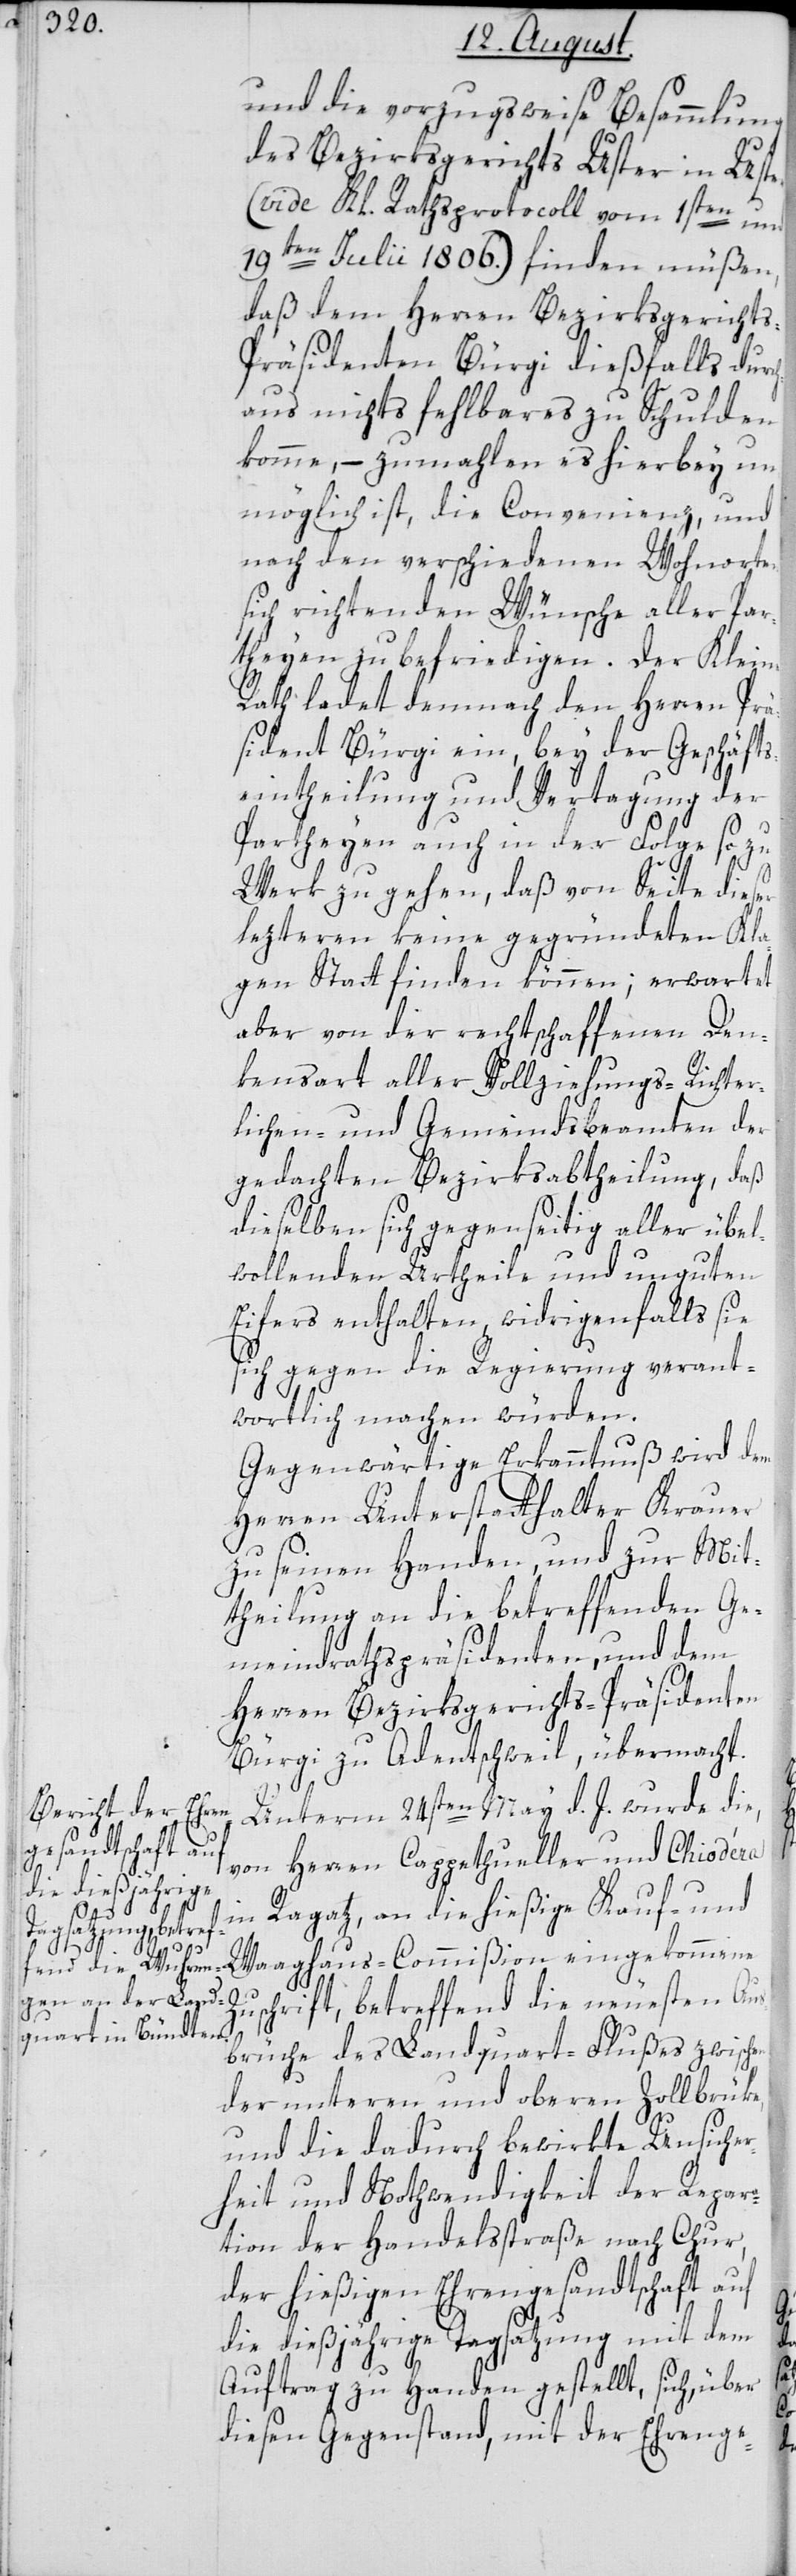
und die vorzugsweise Besammlung
des Bezirksgerichts Uster in Uster
(vide Kl. Rathsprotocoll vom 1sten und
19ten Julii 1806.) finden müßen,
daß dem Herren Bezirksgericht¬
s-Präsidenten Bürgi dießfalls durc¬
haus nichts fehlbares zu Schulden
komme, – zumahlen es hierbey un¬
möglich ist, die Convenienz, und
nach den verschiedenen Wohnorten
sich richtenden Wünsche aller Par¬
theyen zu befriedigen. Der Kleine
Rath ladet demnach den Herren Prä¬
sident Bürgi ein, bey der Geschäfts¬
eintheilung und Vertagung der
Partheyen auch in der Folge so zu
Werk zu gehen, daß von Seite dieser
lezteren keine gegründeten Kla¬
gen Statt finden können; erwartet
aber von der rechtschaffenen Den¬
kensart aller Vollziehungs- Richter¬
lichen- und Gemeindsbeamten der
gedachten Bezirksabtheilung, daß
dieselben sich gegenseitig aller übel¬
wollenden Urtheile und unguten
Eifers enthalten, widrigenfalls sie
gegen die Regierung verant¬
wortlich machen würden.
Gegenwärtige Erkanntnuß wird dem
Herren Unterstatthalter Krauer
zu seinen Handen, und zur Mit¬
theilung an die betreffenden Ge¬
meindrathspräsidenten, und dem
Herren Bezirksgerichts-Präsidenten
Bürgi zu Adentschweil, übermacht.
Unterm 24sten May d. J. wurde die,
von Herren Cappethueller und Chiodéra
in Ragatz, an die hießige Kauf- und
Waaghaus-Commißion eingekommene
Zuschrift, betreffend die neuesten Aus¬
brüche des Landquart-Flußes zwischen
der unteren und oberen Zollbrüke,
und die dadurch bewirkte Unsicher¬
heit und Nothwendigkeit der Repar¬
ation der Handelsstraße nach Chur,
der hießigen Ehrengesandtschaft auf
die dießjährige Tagsatzung mit dem
Auftrag zu Handen gestellt, sich, über
diesen Gegenstand, mit der Ehrenge-